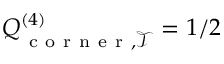
Q _ { \mathrm { ~ c ~ o ~ r ~ n ~ e ~ r ~ } , \mathcal { T } } ^ { ( 4 ) } = 1 / 2